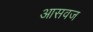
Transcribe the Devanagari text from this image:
आसवज